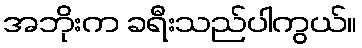
အဘိုးက ခရီးသည်ပါကွယ်။